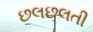
છલછલતી